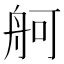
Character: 舸